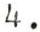
4.